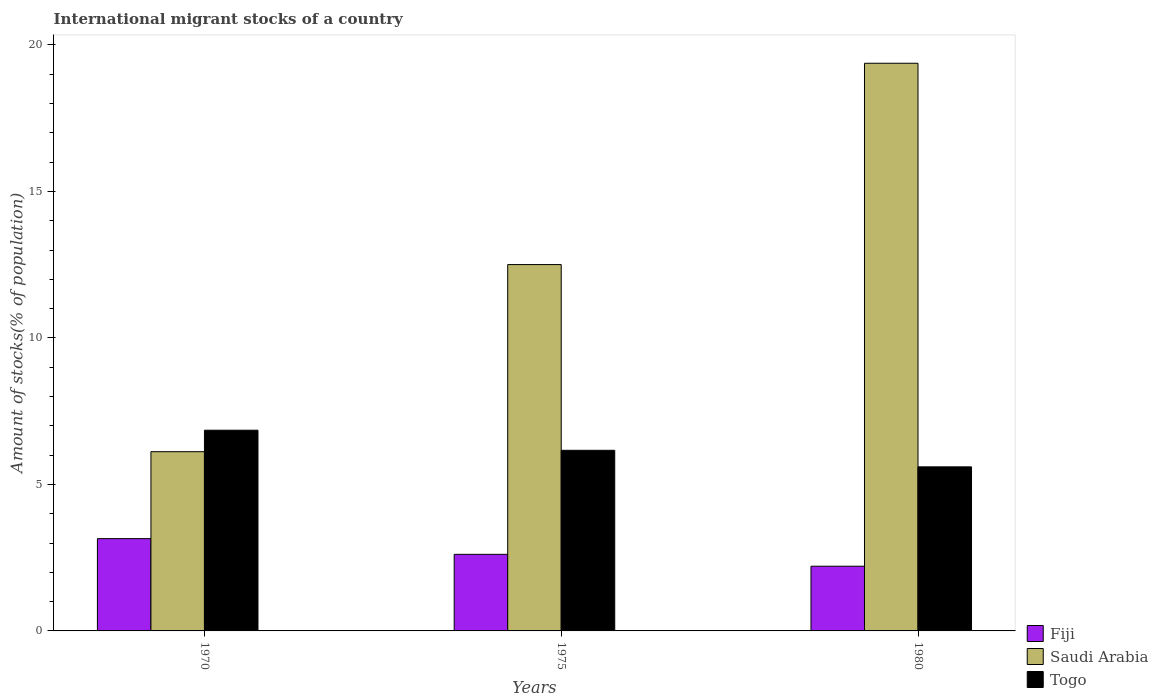
| Years | Fiji | Saudi Arabia | Togo |
 | --- | --- | --- | --- |
 | 1970 | 3.15 | 6.12 | 6.85 |
 | 1975 | 2.61 | 12.5 | 6.16 |
 | 1980 | 2.21 | 19.4 | 5.6 |